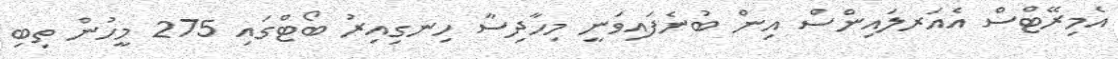
އެމިރޭޓްސް އެއަރލައިންސް އިން ބުނެފައިވަނީ މިހާދިސާ ހިނގިއިރު ބޯޓްގައި 275 މީހުން ތިބި